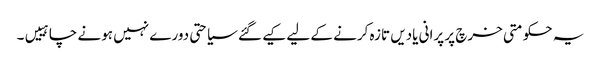
یہ حکومتی خرچ پر پرانی یادیں تازہ کرنے کے لیے کیے گئے سیاحتی دورے نہیں ہونے چاہییں۔